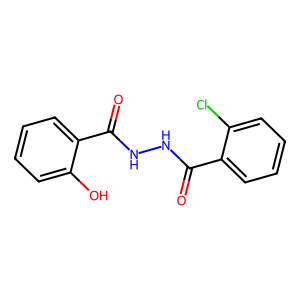
SMILES: O=C(NNC(=O)c1ccccc1Cl)c1ccccc1O
Inhibits HIV replication: No